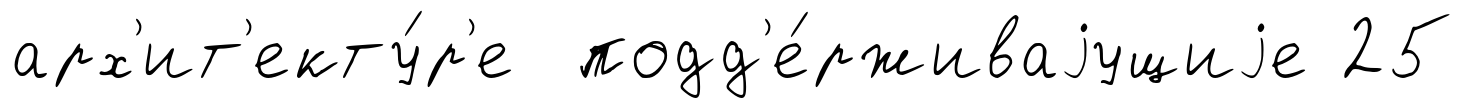
арх'ит'екту́р'е подд'е́рживаjущиjе 25